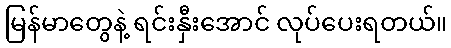
မြန်မာတွေနဲ့ ရင်းနှီးအောင် လုပ်ပေးရတယ်။